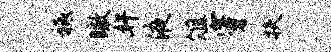
祗瞰奸液俎穿扶